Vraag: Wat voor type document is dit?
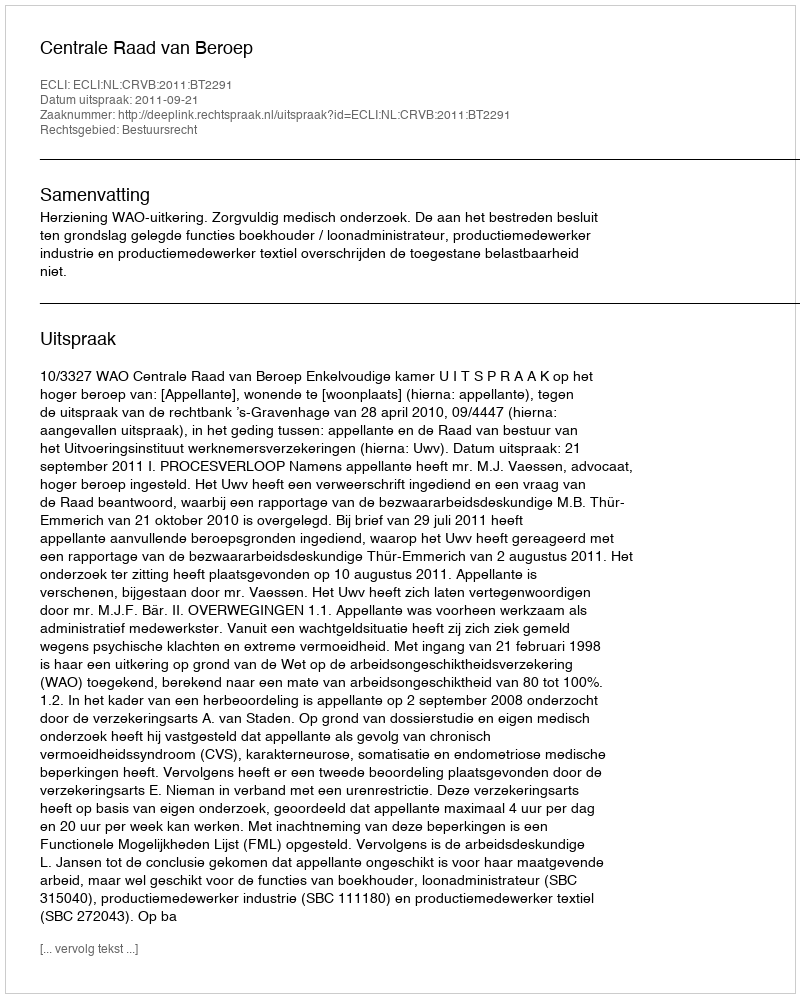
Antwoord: Uitspraak